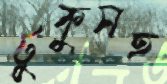
টুকুসহ